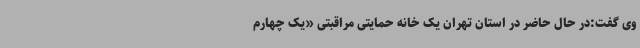
وی گفت:در حال حاضر در استان تهران یک خانه حمایتی مراقبتی «یک چهارم